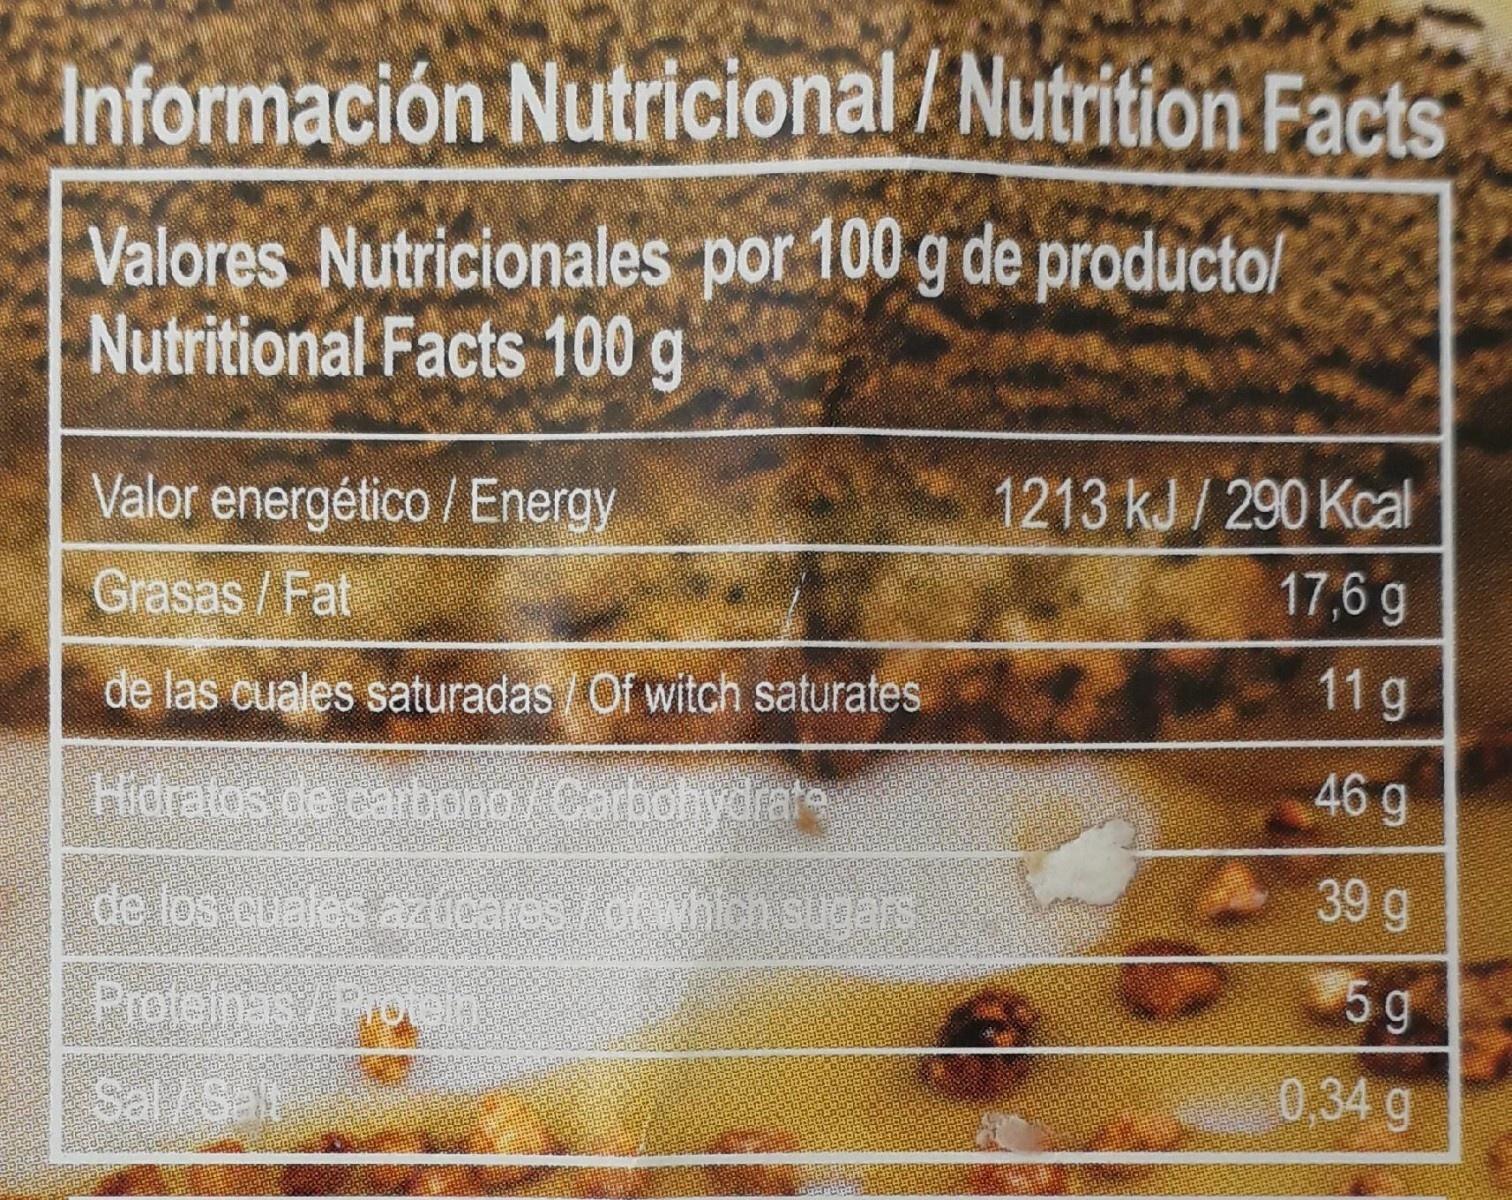
Información Nutricional / Nutrition Facts
Valores Nutricionales por 100 g de producto/ Nutritional Facts 100 g
Valor energético / Energy
1213 kJ/ 290 Kcal
17,6 g
Grasas/Fat
11 g
de las cuales saturadas / Of witch saturates
46 g
Hidratos de carbono Carbohiydrate
39 g
de los euales azucaresofhich sugars
5g
Proteinas7Proen
0,34 g
Sal/Salt